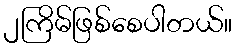
၂ကြိမ်ဖြစ်စေပါတယ်။